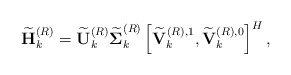
\begin{align*}\widetilde{\mathbf{H}}_k^{(R)} = \widetilde{\mathbf{U}}_k^{(R)}\widetilde{\boldsymbol{\Sigma}}_k^{(R)} \left[\widetilde{\mathbf{V}}_k^{(R),1},\widetilde{\mathbf{V}}_k^{(R),0} \right]^H,\end{align*}